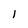
Character: l